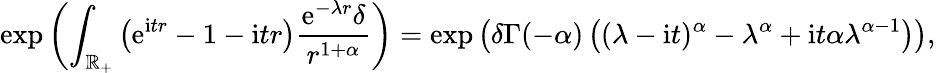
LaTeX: \exp\left(\int_{\mathbb{R}_{+}}\left(\mathrm{e}^{\mathrm{i}tr}-1-\mathrm{i}tr\right)\frac{\mathrm{e}^{-\lambda r}\delta}{r^{1+\alpha}}\right)=\exp\left(\delta\Gamma(-\alpha)\left((\lambda-\mathrm{i}t)^{\alpha}-\lambda^{\alpha}+\mathrm{i}t\alpha\lambda^{\alpha-1}\right)\right),